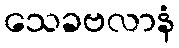
သေခဗလာနံ